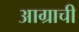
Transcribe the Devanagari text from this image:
आग्राची